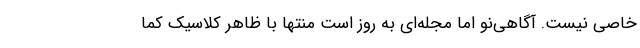
خاصی نیست. آگاهی‌نو اما مجله‌ای به روز است منتها با ظاهر کلاسیک کما